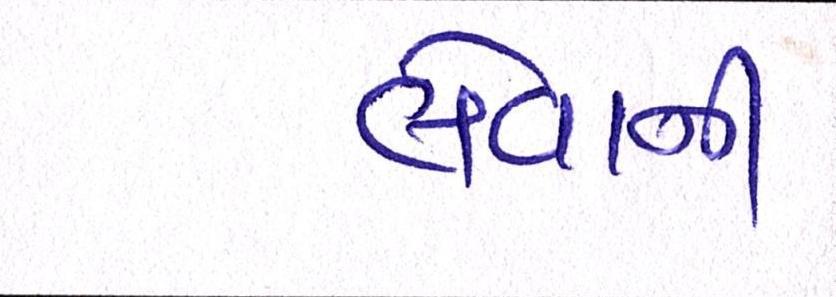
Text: લેવાની